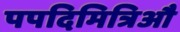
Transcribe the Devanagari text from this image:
पपदिमित्रिऔ